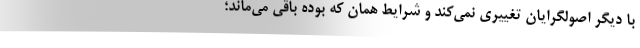
با دیگر اصولگرایان تغییری نمی‌کند و شرایط همان که بوده باقی می‌ماند؛